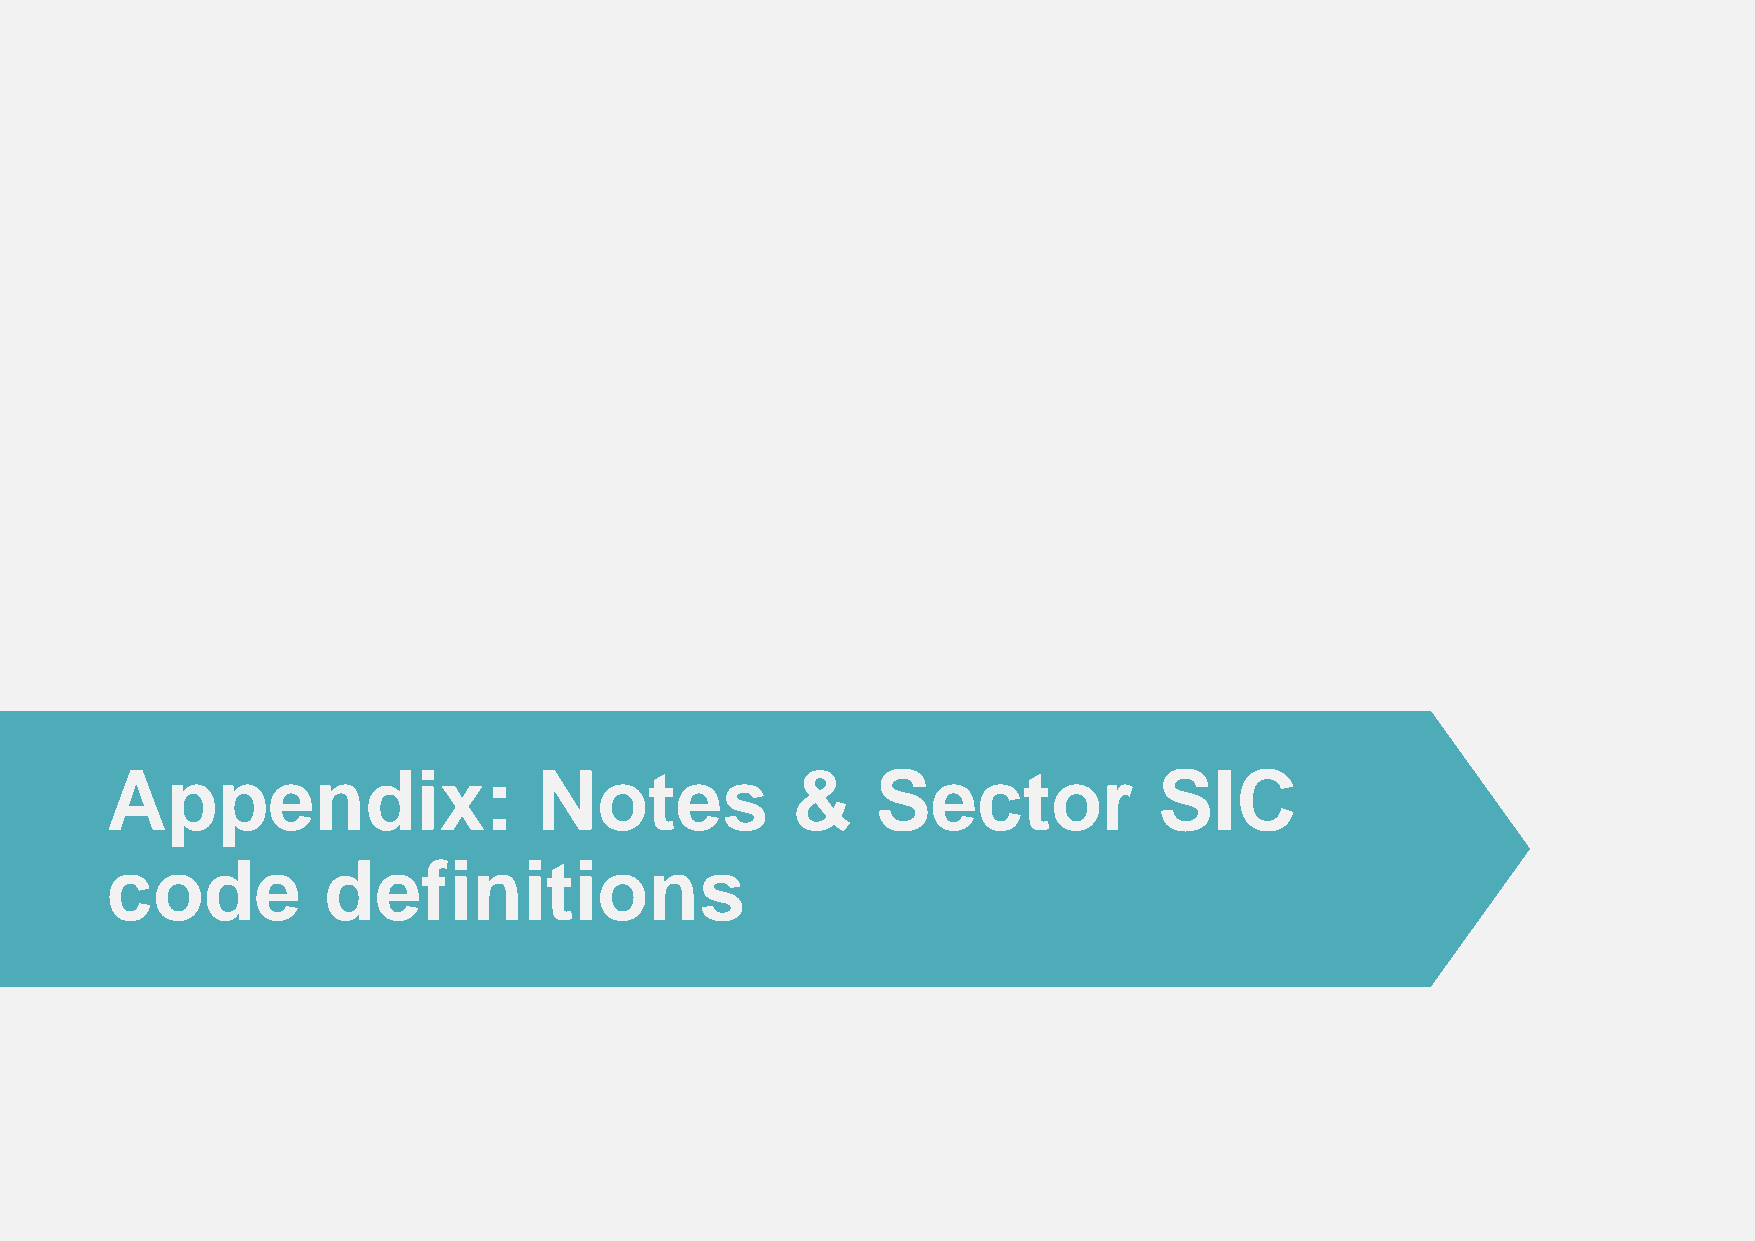
Appendix:                    Notes           &     Sector             SIC
 code          definitions